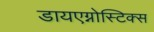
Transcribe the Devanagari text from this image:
डायएग्नोस्टिक्स